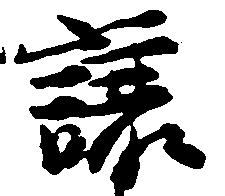
譲